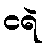
ငရဲ